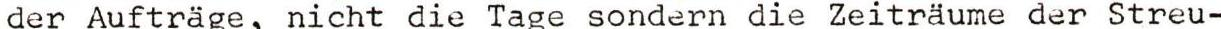
der Aufträge, nicht die Tage sondern die Zeiträume der Streu-